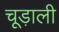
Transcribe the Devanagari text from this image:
चूड़ाली